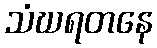
သံဃရတနေ